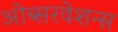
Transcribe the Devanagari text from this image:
ओब्सरवेशन्स